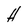
Character: H